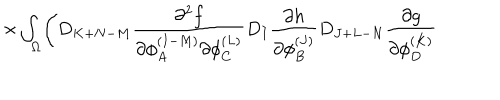
\times \int _ { \Omega } \Biggl ( D _ { K + N - M } { \frac { \partial ^ { 2 } f } { \partial \phi _ { A } ^ { ( I - M ) } \partial \phi _ { C } ^ { ( L ) } } } D _ { I } { \frac { \partial h } { \partial \phi _ { B } ^ { ( J ) } } } D _ { J + L - N } { \frac { \partial g } { \partial \phi _ { D } ^ { ( K ) } } }